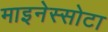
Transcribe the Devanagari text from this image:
माइनेस्सोटा